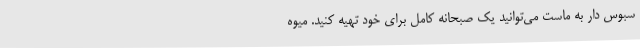
سبوس دار به ماست می‌توانید یک صبحانه کامل برای خود تهیه کنید. میوه